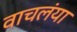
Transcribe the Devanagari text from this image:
वाचलंया